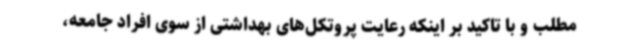
مطلب و با تاکید بر اینکه رعایت پروتکل‌های بهداشتی از سوی افراد جامعه،